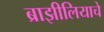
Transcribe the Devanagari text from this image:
ब्राझीलियाचे